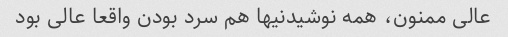
عالی ممنون، همه نوشیدنیها هم سرد بودن واقعا عالی بود